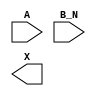
module sky130_fd_sc_ls__or2b (
    //# {{data|Data Signals}}
    input  A  ,
    input  B_N,
    output X
);

    // Voltage supply signals
    supply1 VPWR;
    supply0 VGND;
    supply1 VPB ;
    supply0 VNB ;

endmodule